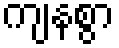
ကျနစွာ